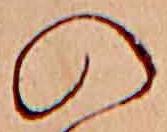
の